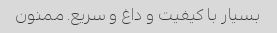
بسیار با کیفیت و داغ و سریع. ممنون